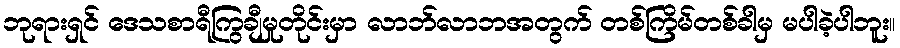
ဘုရားရှင် ဒေသစာရီကြွချီမှုတိုင်းမှာ လာဘ်လာဘအတွက် တစ်ကြိမ်တစ်ခါမှ မပါခဲ့ပါဘူး။